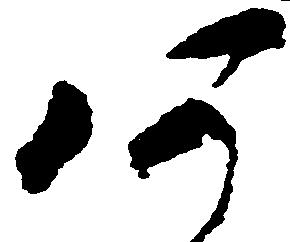
あ